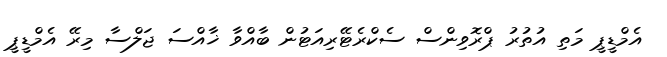
އެމްޑީޕީ މަތި އުތުރު ޕްރޮވިންސް ސެކްރެޓޭރިއަޓުން ބާއްވާ ޚާއްސަ ޖަލްސާ މިރޭ އެމްޑީޕީ